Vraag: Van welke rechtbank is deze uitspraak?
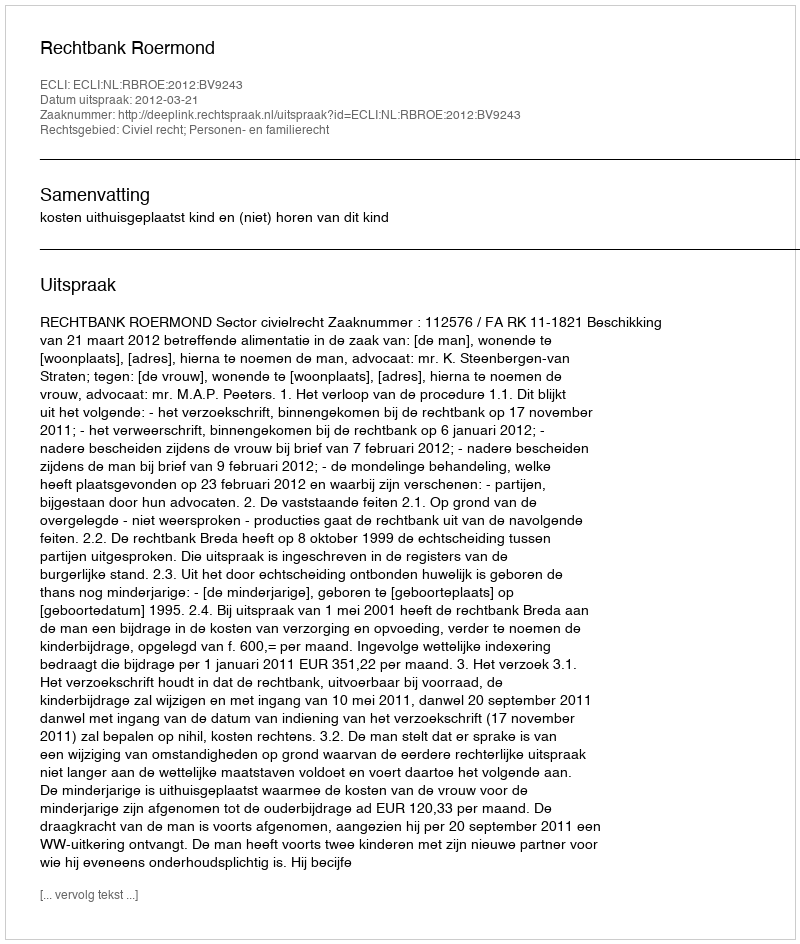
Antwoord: Rechtbank Roermond